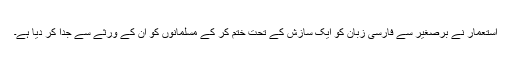
استعمار نے برصغیر سے فارسی زبان کو ایک سازش کے تحت ختم کر کے مسلمانوں کو ان کے ورثے سے جدا کر دیا ہے۔